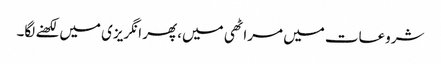
شروعات میں مراٹھی میں، پھر انگریزی میں لکھنے لگا۔